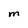
Character: M